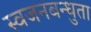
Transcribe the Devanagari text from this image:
स्वजनबन्धुता